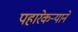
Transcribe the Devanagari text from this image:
पहारेकर्‍याने